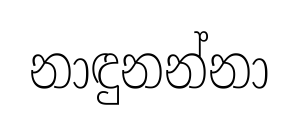
නාඳුනන්නා